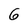
Character: 6